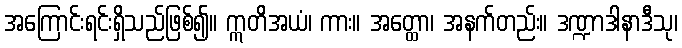
အကြောင်းရင်းရှိသည်ဖြစ်၍။ ဣတိအယံ၊ ကား။ အတ္ထော၊ အနက်တည်း။ ဒဏ္ဍာဒါနာဒီသု၊